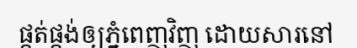
ផ្គត់ផ្គង់ឲ្យភ្នំពេញវិញ ដោយសារនៅ